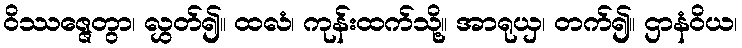
ဝိဿဇ္ဇေတွာ၊ လွှတ်၍။ ထလံ၊ ကုန်းထက်သို့။ အာရုယှ၊ တက်၍။ ဌာနံဝိယ၊